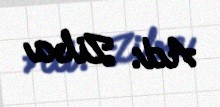
Ad: Ziba